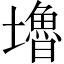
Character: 𡓇